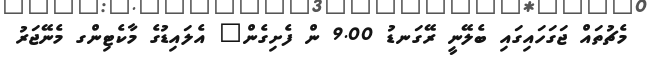
މެޗުތައް ޖަގަހައިގައި ބެލޭނީ ރޭގަނޑު 9.00 ން ފެށިގެން" އެލައިޑުގެ މާކެޓިންގ މެނޭޖަރު